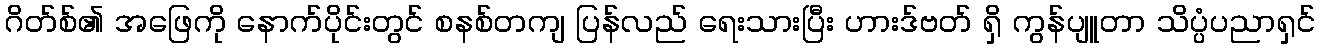
ဂိတ်စ်၏ အဖြေကို နောက်ပိုင်းတွင် စနစ်တကျ ပြန်လည် ရေးသားပြီး ဟားဒ်ဗတ် ရှိ ကွန်ပျူတာ သိပ္ပံပညာရှင်